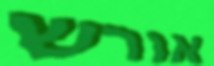
אורש